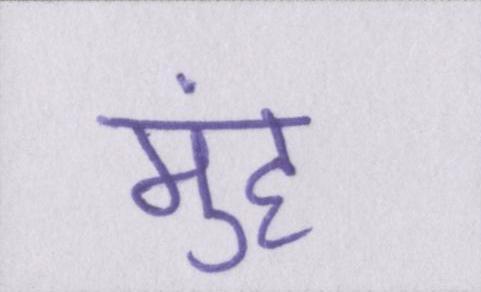
मुंह